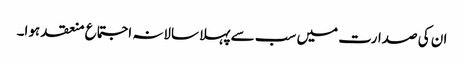
ان کی صدارت میں سب سے پہلا سالانہ اجتماع منعقد ہوا۔